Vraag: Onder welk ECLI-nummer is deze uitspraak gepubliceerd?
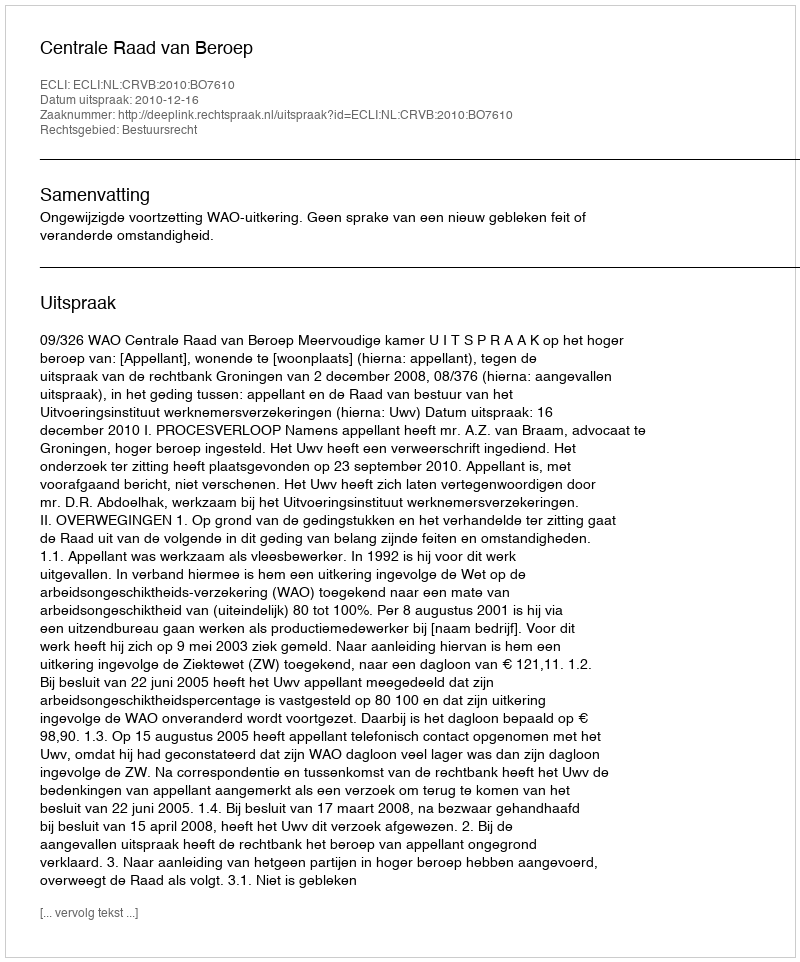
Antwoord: ECLI:NL:CRVB:2010:BO7610